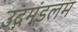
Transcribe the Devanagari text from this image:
उद्गमंडलम